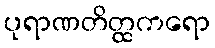
ပုရာဏတိတ္ထကရော